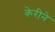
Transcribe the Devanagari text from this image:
केरीने